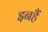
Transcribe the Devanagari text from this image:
इनहैं